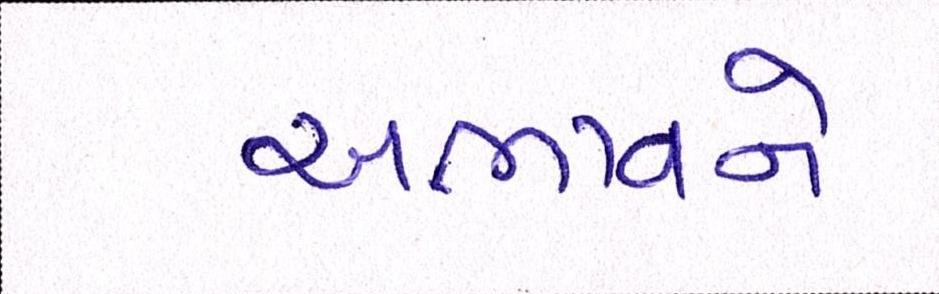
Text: અભાવને